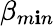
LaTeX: \beta_{m\mathbf{i}n}